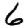
Digit: 6